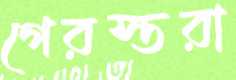
গেরস্তরা